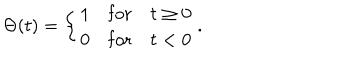
\Theta ( t ) = \left\{ \begin{array} { l l l } { { 1 } } & { { \mathrm { f o r } } } & { { t \geq 0 } } \\ { { 0 } } & { { \mathrm { f o r } } } & { { t < 0 } } \\ \end{array} \right. .